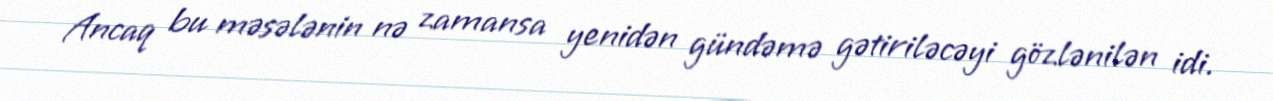
Ancaq bu məsələnin nə zamansa yenidən gündəmə gətiriləcəyi gözlənilən idi.